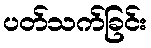
ပတ်သက်ခြင်း